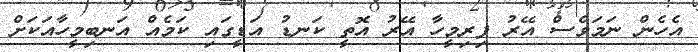
އެހެން ނަމަވެސް އޭރު ފިރިމީހާ އޭރު އޮތީ ކަނޑު އަޑީގައި ކަމެއް އަނބިމީހާއަކަށް